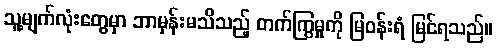
သူ့မျက်လုံးတွေမှာ ဘာမှန်းမသိသည့် တက်ကြွမှုကို မြဝန်းရံ မြင်ရသည်။